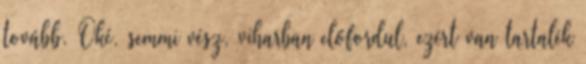
tovább. Oké, semmi vész, viharban előfordul, ezért van tartalék